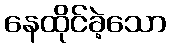
နေထိုင်ခဲ့သော